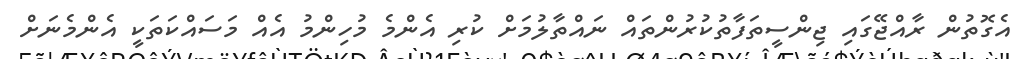
އެގޮތުން ރާއްޖޭގައި ޖިންސީތަފާތުކުރުންތައް ނައްތާލުމަށް ކުރި އެންމެ މުހިންމު އެއް މަސައްކަތަކީ އެންމެނަށް